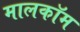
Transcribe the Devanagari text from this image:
मालकॉम